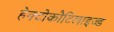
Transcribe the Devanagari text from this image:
हेक्टोकौटिलाइज्ड